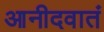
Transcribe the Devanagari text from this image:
आनीदवातं